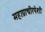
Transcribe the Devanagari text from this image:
महाप्राचीरपेशी